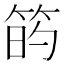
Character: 𥮀